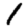
Digit: 1